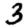
Digit: 3